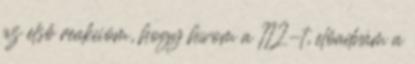
az első reakcióm, hogy hívom a 112-t, előadnám a